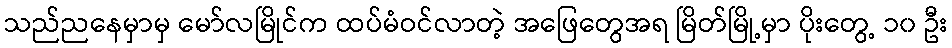
သည်ညနေမှာမှ မော်လမြိုင်က ထပ်မံဝင်လာတဲ့ အဖြေတွေအရ မြိတ်မြို့မှာ ပိုးတွေ့ ၁၀ ဦး